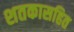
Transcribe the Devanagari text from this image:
शतकासहित